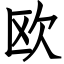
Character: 欧